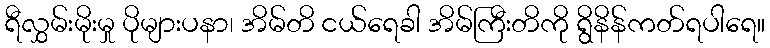
ရီလွှမ်းမိုးမှု ပိုများပနာ၊ အိမ်တိ ငယ်ရေခါ အိမ်ကြီးတိကို ရွိနိန်ကတ်ရပါရေ။